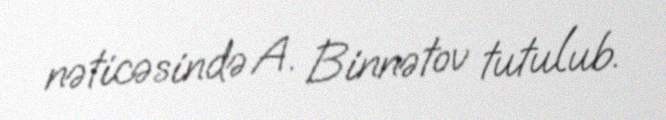
nəticəsində A. Binnətov tutulub.